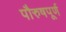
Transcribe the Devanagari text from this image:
पौरुषपूर्ण